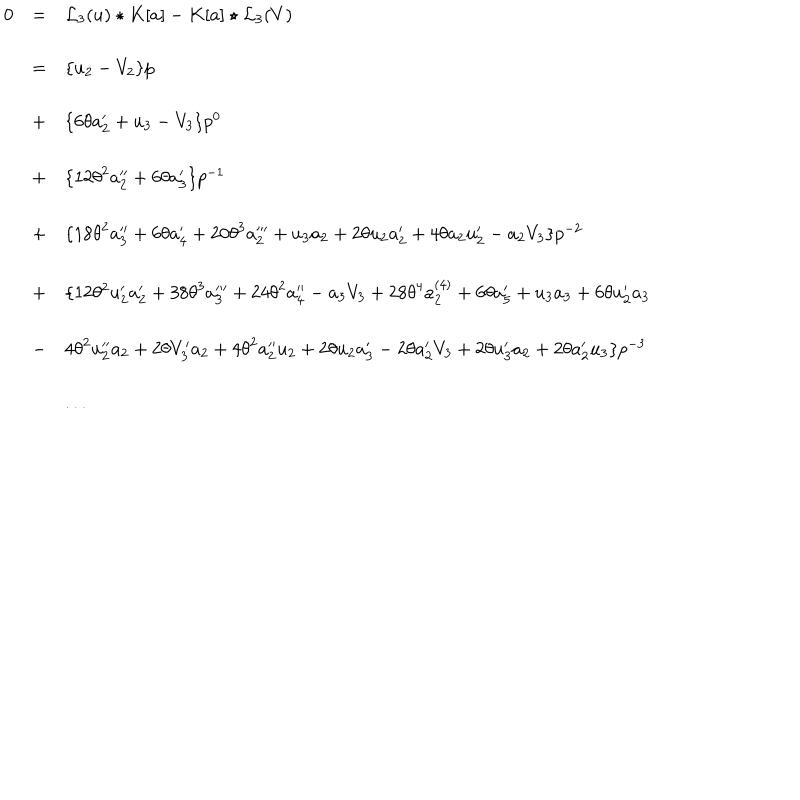
\begin{array} { l c l } { { 0 } } & { { = } } & { { { { \mathcal L } _ { 3 } } ( u ) \star K [ a ] - K [ a ] \star { { \mathcal L } _ { 3 } } ( V ) } } \\ { { } } & { { = } } & { { \{ u _ { 2 } - V _ { 2 } \} p } } \\ { { } } & { { + } } & { { \{ 6 \theta a _ { 2 } ^ { \prime } + u _ { 3 } - V _ { 3 } \} p ^ { 0 } } } \\ { { } } & { { + } } & { { \{ 1 2 { \theta } ^ { 2 } a _ { 2 } ^ { \prime \prime } + 6 \theta a _ { 3 } ^ { \prime } \} p ^ { - 1 } } } \\ { { } } & { { + } } & { { \{ 1 8 { \theta } ^ { 2 } a _ { 3 } ^ { \prime \prime } + 6 \theta a _ { 4 } ^ { \prime } + 2 0 { \theta } ^ { 3 } a _ { 2 } ^ { \prime \prime \prime } + u _ { 3 } a _ { 2 } + 2 \theta u _ { 2 } a _ { 2 } ^ { \prime } + 4 \theta a _ { 2 } u _ { 2 } ^ { \prime } - a _ { 2 } V _ { 3 } \} p ^ { - 2 } } } \\ { { } } & { { + } } & { { \{ 1 2 \theta ^ { 2 } u _ { { 2 } } ^ { \prime } a _ { { 2 } } ^ { \prime } + 3 8 { \theta } ^ { 3 } a _ { 3 } ^ { \prime \prime \prime } + 2 4 { \theta } ^ { 2 } a _ { 4 } ^ { \prime \prime } - a _ { 3 } V _ { 3 } + 2 8 { \theta } ^ { 4 } a _ { 2 } ^ { ( 4 ) } + 6 { \theta } a _ { 5 } ^ { \prime } + u _ { 3 } a _ { 3 } + 6 { \theta } u _ { 2 } ^ { \prime } a _ { 3 } } } \\ { { } } & { { - } } & { { 4 { \theta } ^ { 2 } u _ { 2 } ^ { \prime \prime } a _ { 2 } + 2 { \theta } V _ { 3 } ^ { \prime } a _ { 2 } + 4 { \theta } ^ { 2 } a _ { 2 } ^ { \prime \prime } u _ { 2 } + 2 { \theta } u _ { 2 } a _ { 3 } ^ { \prime } - 2 { \theta } a _ { 2 } ^ { \prime } V _ { 3 } + 2 { \theta } u _ { 3 } ^ { \prime } a _ { 2 } + 2 { \theta } a _ { 2 } ^ { \prime } u _ { 3 } \} p ^ { - 3 } } } \\ { { } } & { { } } & { { . . . } } \\ \end{array}